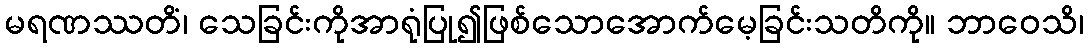
မရဏဿတိံ၊ သေခြင်းကိုအာရုံပြု၍ဖြစ်သောအောက်မေ့ခြင်းသတိကို။ ဘာဝေသိ၊